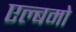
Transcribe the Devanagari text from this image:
एल्बमो